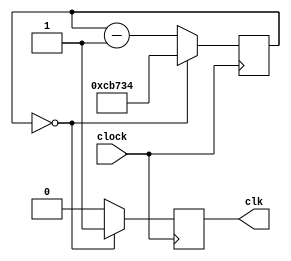
module rateDivider (input clock, output clk);
reg [19:0] frame_counter;
reg frame;
	always@(posedge clock)
    begin
        if (frame_counter == 20'b00000000000000000000) begin
		  frame_counter = 20'b11001011011100110100;
		  frame = 1'b1;
		  end
        else begin
			frame_counter = frame_counter - 1'b1;
			frame = 1'b0;
		  end
    end
	 assign clk = frame;
endmodule

module slowRateDivider (input clock, output clk);
reg [23:0] slow_frame_counter;
reg slow_frame;
	always@(posedge clock)
    begin
        if (slow_frame_counter == 24'b00000000000000000000) begin
		  slow_frame_counter = 24'b100110001001011010000000;
		  slow_frame = 1'b1;
		  end
        else begin
			slow_frame_counter = slow_frame_counter - 1'b1;
			slow_frame = 1'b0;
		  end
    end
	 assign clk = slow_frame;
endmodule